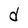
Character: d